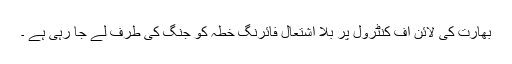
بھارت کی لائن آف کنٹرول پر بلا اشتعال فائرنگ خطہ کو جنگ کی طرف لے جا رہی ہے ۔